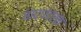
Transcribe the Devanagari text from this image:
वादपद्रक